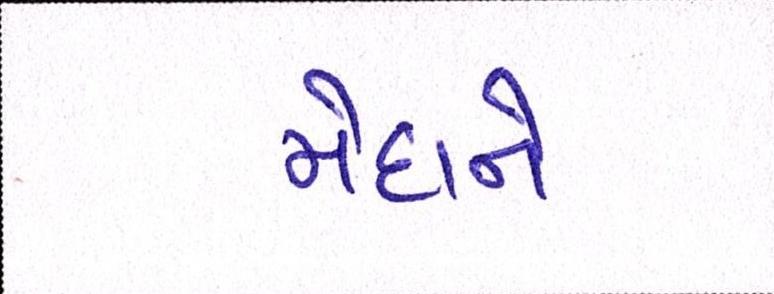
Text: મેદાને